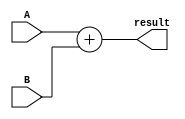
`timescale 1ns / 1ps


module Adder #(parameter width=32)(A,B,result);
input [width-1:0]A,B;
output[width-1:0]result;
assign result= A+B;
endmodule